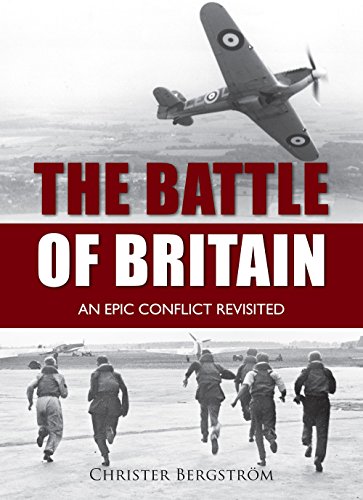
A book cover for Battle of Britain: An Epic Conflict Revisited; Christer BergstrÃ¶m; History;